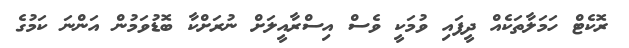
ރޮކެޓް ހަމަލާތަކެއް ދީފައި ވުމަކީ ވެސް އިސްރާއީލަށް ނުރަށްކާ ބޮޑުވަމުން އަންނަ ކަމުގެ